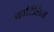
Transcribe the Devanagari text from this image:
कार्टिलिज